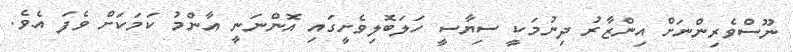
ނޫސްވެރިންނަށް އިންޒާރު ދިނުމަކީ ސިޔާސީ ހަލަބޮލިވެށީގައި އޮންނަނީ އާންމު ކަމަކަށް ވެފަ އެވެ.